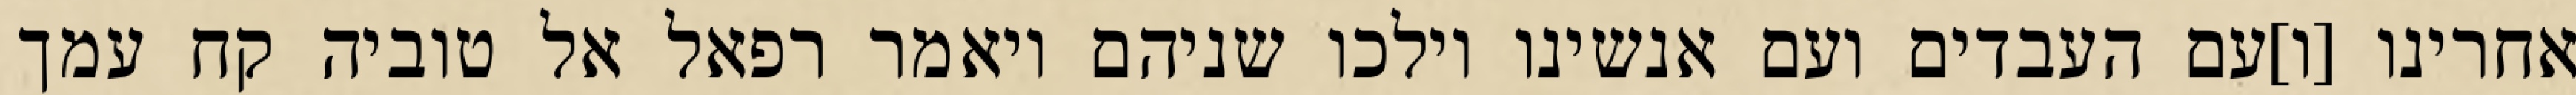
אחרינו [ו]עם העבדים ועם אנשינו וילכו שניהם ויאמר רפאל אל טוביה קח עמך